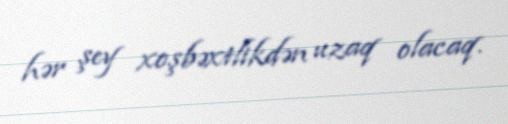
hər şey xoşbəxtlikdən uzaq olacaq.